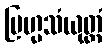
ဗြဟ္မသံယုတ္တံ